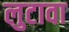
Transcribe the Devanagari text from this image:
लुटावा